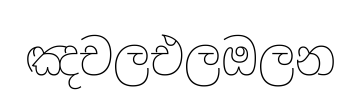
ඤචලඑලඔලන